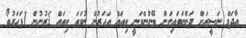
އާދަމް ނަޞީރަށް ދަންނަވައިލަން ބޭނުންވަނީ ކިތައް އަހަރުން ނުވަތަ ކިތައް ޤަރުނުން 1ފަހަރުތޯ